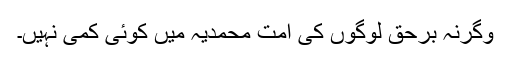
وگرنہ برحق لوگوں کی امت محمدیہ میں کوئی کمی نہیں۔